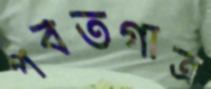
পর্বতগাত্র